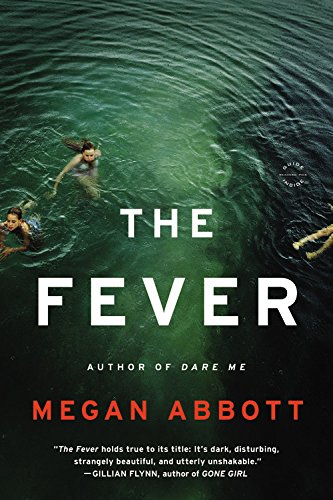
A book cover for The Fever: A Novel; Megan Abbott; Mystery, Thriller & Suspense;